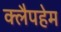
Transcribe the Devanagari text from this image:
क्लैपहेम